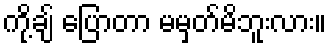
ကို့ချ် ပြောတာ မမှတ်မိဘူးလား။